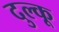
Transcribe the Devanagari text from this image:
दुल्कू